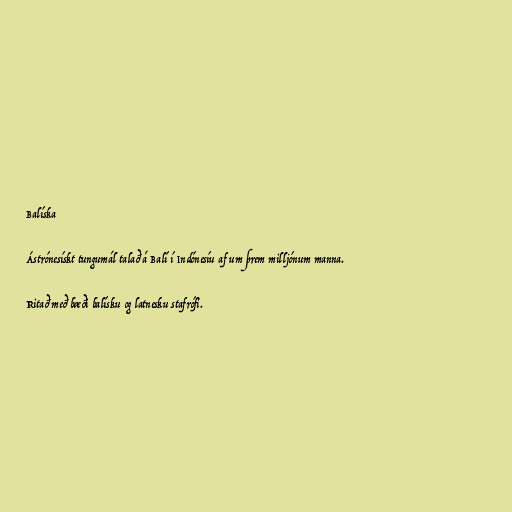
Balíska

Ástrónesískt tungumál talað á Balí í Indónesíu af um þrem milljónum manna.

Ritað með bæði balísku og latnesku stafrófi.